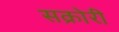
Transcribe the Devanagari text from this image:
सक्रोरी